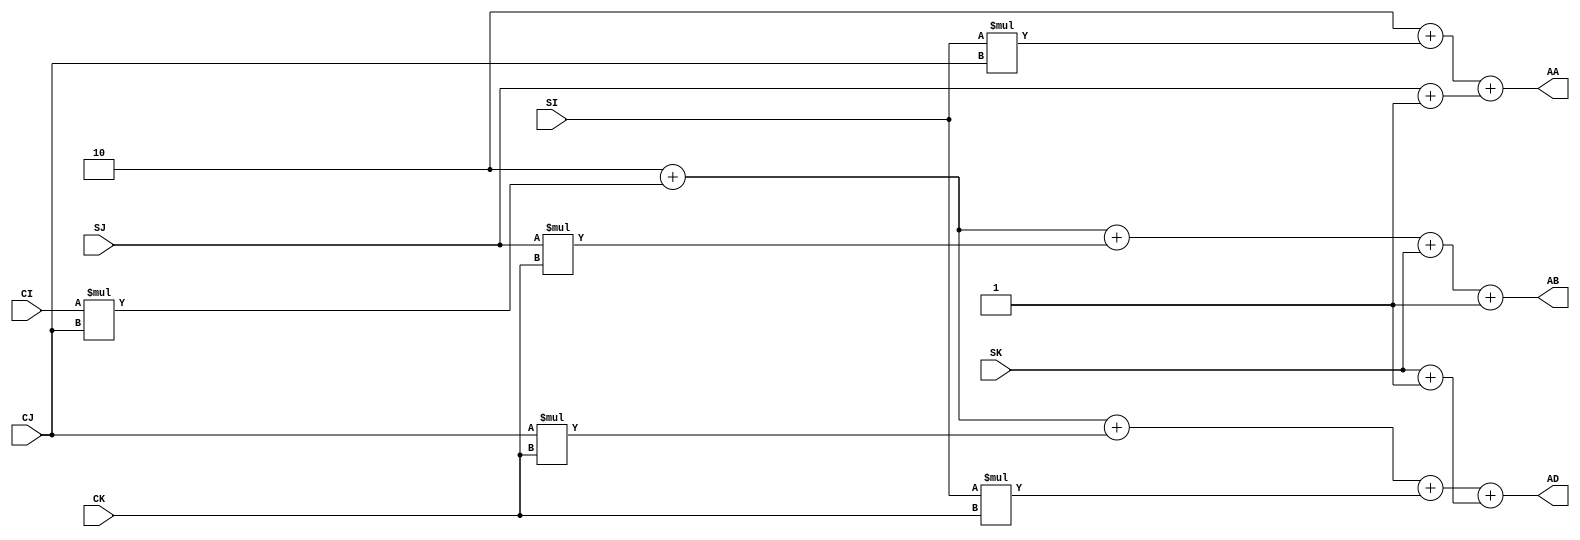
module address_module(
input [7:0] CI,
input [7:0] CJ,
input [7:0] CK,
input [7:0] SI,
input [7:0] SJ,
input [7:0] SK,
output reg[7:0] AA,
output reg[7:0] AB,
output reg[7:0] AD);

always @ (SI or SJ or SK)
begin
AA = (2+(SI*CJ)+(SJ+1)); //0,1,2 are allocated for CI,CJ,CK
AB= (2+(CI*CJ)+(SJ*CK)+SK+1);
AD= (2+ (CI*CJ)+(CJ*CK)+(SI*CK)+(SK+1));
end
endmodule